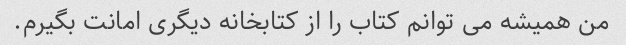
من همیشه می توانم کتاب را از کتابخانه دیگری امانت بگیرم.